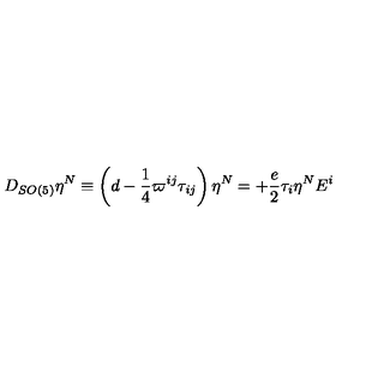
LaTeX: D _ { S O ( 5 ) } \eta ^ { N } \equiv \left( d - \frac { 1 } { 4 } \varpi ^ { i j } \tau _ { i j } \right) \eta ^ { N } = + \frac { e } { 2 } \tau _ { i } \eta ^ { N } E ^ { i }